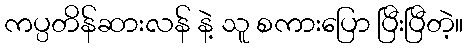
ကပ္ပတိန်ဆားလန် နဲ့ သူ စကားပြော ပြီးပြီတဲ့။